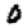
Digit: 0